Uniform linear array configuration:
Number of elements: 24
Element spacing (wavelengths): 0.25
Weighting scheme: kaiser
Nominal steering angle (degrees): -60
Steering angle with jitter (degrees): -61.478
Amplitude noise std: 0.05
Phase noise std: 0.05

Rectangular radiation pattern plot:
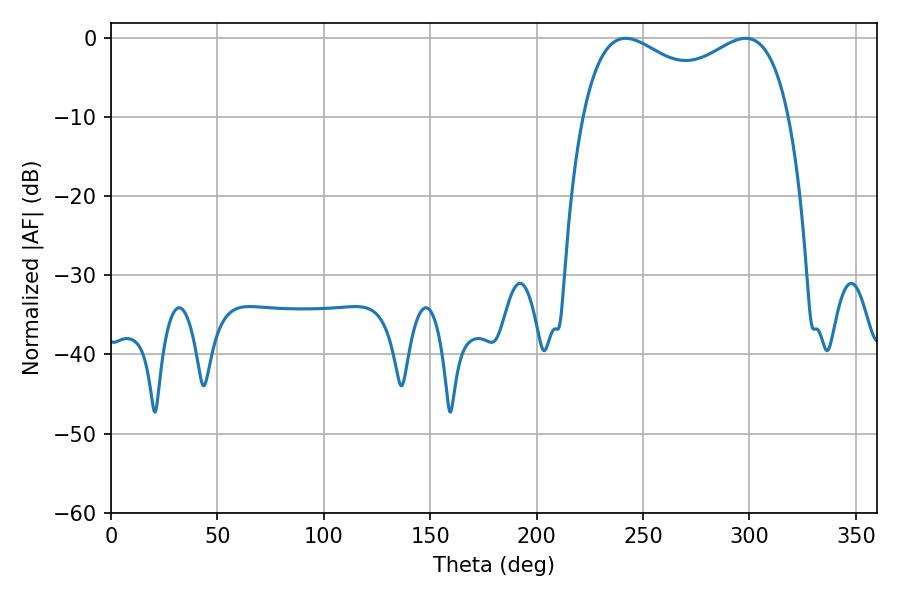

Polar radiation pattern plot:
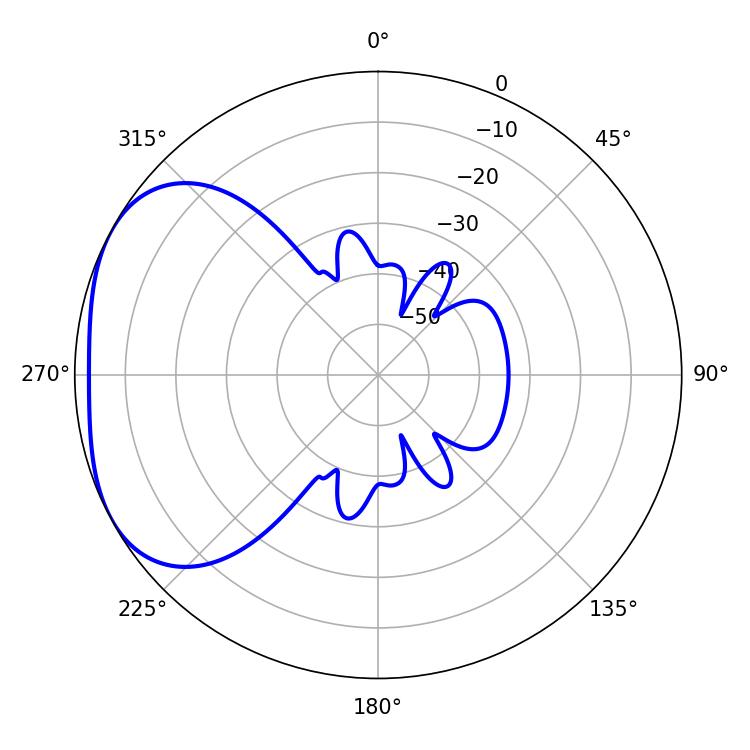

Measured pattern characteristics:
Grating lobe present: FALSE
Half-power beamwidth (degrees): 81
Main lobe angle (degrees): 241.74